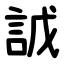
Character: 䛋